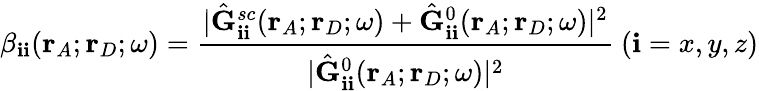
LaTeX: \beta_{\mathbf{i}\mathbf{i}}(\mathbf{{r}}_{A};\mathbf{{r}}_{D};\omega)=\frac{{|\hat{{\mathbf{{G}}}}_{\mathbf{i}\mathbf{i}}^{sc}(\mathbf{{r}}_{A};\mathbf{{r}}_{D};\omega)+\hat{{\mathbf{{G}}}}_{\mathbf{i}\mathbf{i}}^{0}(\mathbf{{r}}_{A};\mathbf{{r}}_{D};\omega)|^{2}}}{{|\hat{{\mathbf{{G}}}}_{\mathbf{i}\mathbf{i}}^{0}(\mathbf{{r}}_{A};\mathbf{{r}}_{D};\omega)|^{2}}}\ (\mathbf{i}=x,y,z)